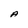
Character: A